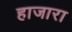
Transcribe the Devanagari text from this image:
हाजारा